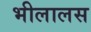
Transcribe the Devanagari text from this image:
भीलालस